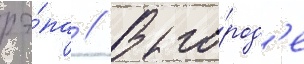
рэ́па // В го́род'е